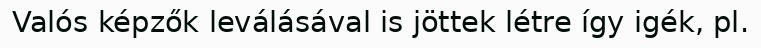
Valós képzők leválásával is jöttek létre így igék, pl.